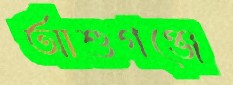
আশুগঞ্জে